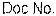
DOC NO.